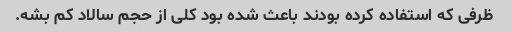
ظرفی که استفاده کرده بودند باعث شده بود کلی از حجم سالاد کم بشه.